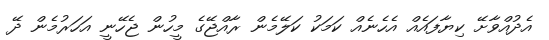
އެދުއްވާށޭ ކިޔާފައެއް އެހެނެއް ކަމަކު ކަލޭމެން ރާއްޖޭގެ މީހުން ޖެހޭނީ އަހަރުމެން ދޭ